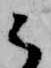
候